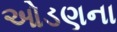
ઓડણના